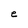
Character: e